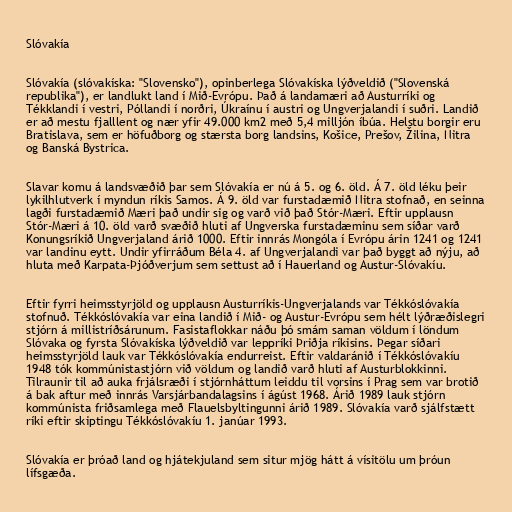
Slóvakía

Slóvakía (slóvakíska: "Slovensko"), opinberlega Slóvakíska lýðveldið ("Slovenská
republika"), er landlukt land í Mið-Evrópu. Það á landamæri að Austurríki og
Tékklandi í vestri, Póllandi í norðri, Úkraínu í austri og Ungverjalandi í suðri. Landið
er að mestu fjalllent og nær yfir 49.000 km2 með 5,4 milljón íbúa. Helstu borgir eru
Bratislava, sem er höfuðborg og stærsta borg landsins, Košice, Prešov, Žilina, Nitra
og Banská Bystrica.

Slavar komu á landsvæðið þar sem Slóvakía er nú á 5. og 6. öld. Á 7. öld léku þeir
lykilhlutverk í myndun ríkis Samos. Á 9. öld var furstadæmið Nitra stofnað, en seinna
lagði furstadæmið Mæri það undir sig og varð við það Stór-Mæri. Eftir upplausn
Stór-Mæri á 10. öld varð svæðið hluti af Ungverska furstadæminu sem síðar varð
Konungsríkið Ungverjaland árið 1000. Eftir innrás Mongóla í Evrópu árin 1241 og 1241
var landinu eytt. Undir yfirráðum Béla 4. af Ungverjalandi var það byggt að nýju, að
hluta með Karpata-Þjóðverjum sem settust að í Hauerland og Austur-Slóvakíu.

Eftir fyrri heimsstyrjöld og upplausn Austurríkis-Ungverjalands var Tékkóslóvakía
stofnuð. Tékkóslóvakía var eina landið í Mið- og Austur-Evrópu sem hélt lýðræðislegri
stjórn á millistríðsárunum. Fasistaflokkar náðu þó smám saman völdum í löndum
Slóvaka og fyrsta Slóvakíska lýðveldið var leppríki Þriðja ríkisins. Þegar síðari
heimsstyrjöld lauk var Tékkóslóvakía endurreist. Eftir valdaránið í Tékkóslóvakíu
1948 tók kommúnistastjórn við völdum og landið varð hluti af Austurblokkinni.
Tilraunir til að auka frjálsræði í stjórnháttum leiddu til vorsins í Prag sem var brotið
á bak aftur með innrás Varsjárbandalagsins í ágúst 1968. Árið 1989 lauk stjórn
kommúnista friðsamlega með Flauelsbyltingunni árið 1989. Slóvakía varð sjálfstætt
ríki eftir skiptingu Tékkóslóvakíu 1. janúar 1993.

Slóvakía er þróað land og hjátekjuland sem situr mjög hátt á vísitölu um þróun
lífsgæða.